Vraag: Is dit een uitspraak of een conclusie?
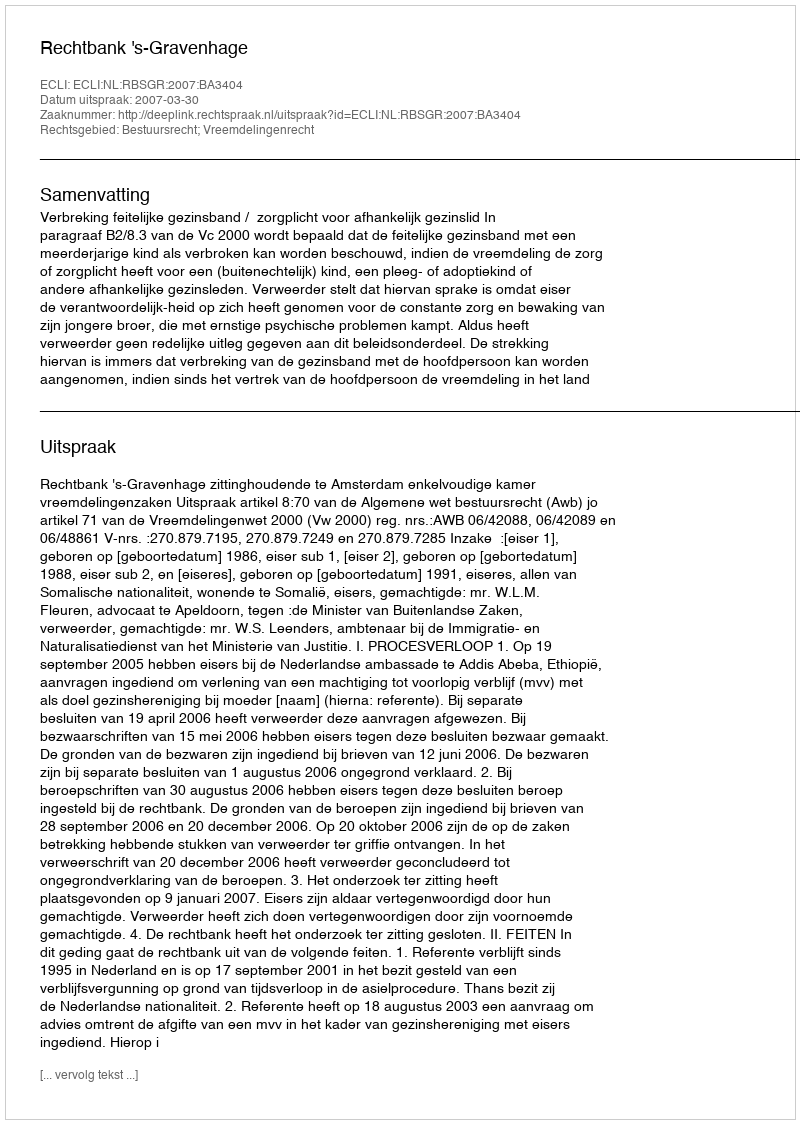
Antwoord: Uitspraak